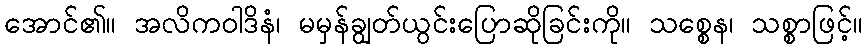
အောင်၏။ အလိကဝါဒိနံ၊ မမှန်ချွတ်ယွင်းပြောဆိုခြင်းကို။ သစ္စေန၊ သစ္စာဖြင့်။